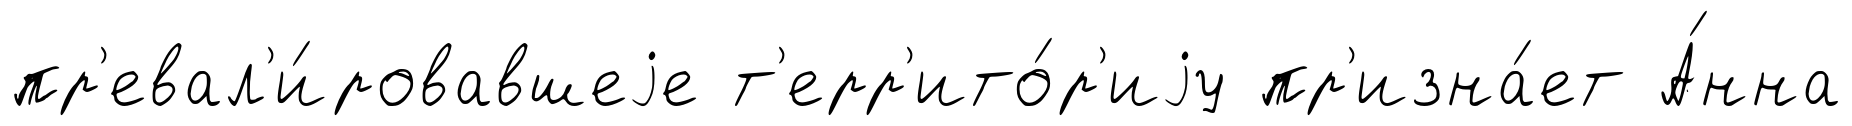
пр'евал'и́ровавшеjе т'ерр'ито́р'иjу пр'изна́ет А́нна